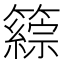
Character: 𥵹